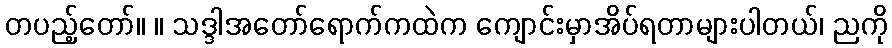
တပည့်တော်။ ။ သဒ္ဒါအတော်ရောက်ကထဲက ကျောင်းမှာအိပ်ရတာများပါတယ်၊ ညကို